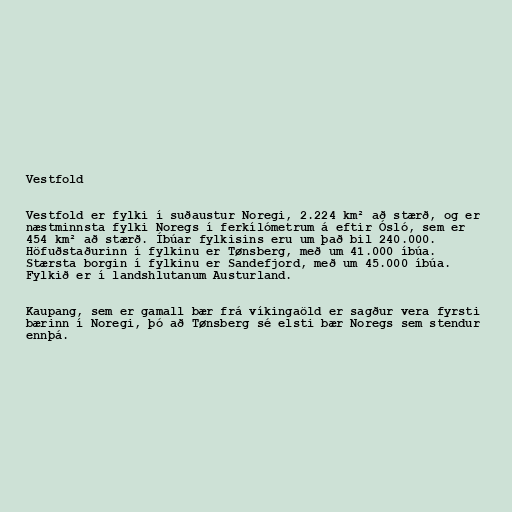
Vestfold

Vestfold er fylki í suðaustur Noregi, 2.224 km² að stærð, og er
næstminnsta fylki Noregs í ferkílómetrum á eftir Ósló, sem er
454 km² að stærð. Íbúar fylkisins eru um það bil 240.000.
Höfuðstaðurinn í fylkinu er Tønsberg, með um 41.000 íbúa.
Stærsta borgin í fylkinu er Sandefjord, með um 45.000 íbúa.
Fylkið er í landshlutanum Austurland.

Kaupang, sem er gamall bær frá víkingaöld er sagður vera fyrsti
bærinn í Noregi, þó að Tønsberg sé elsti bær Noregs sem stendur
ennþá.